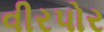
વીરપોર